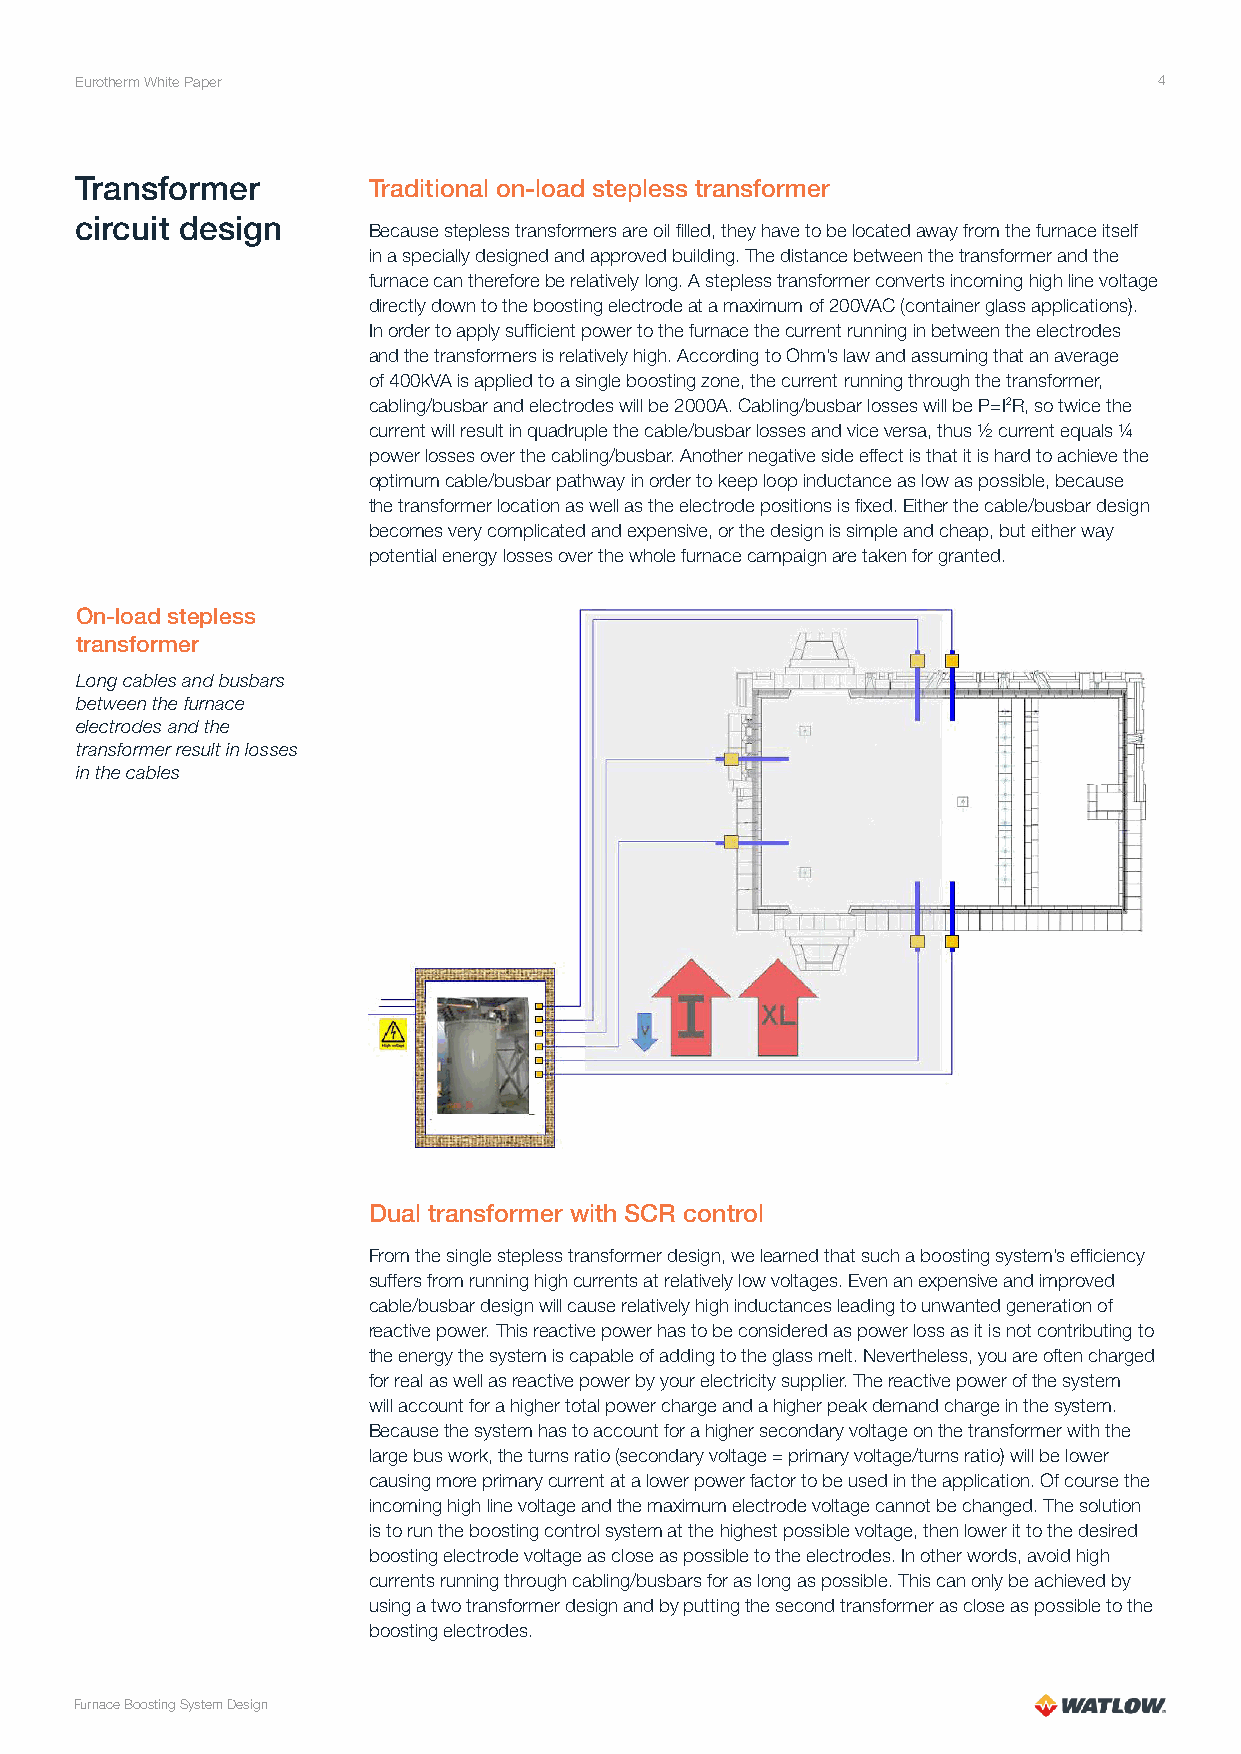
Eurotherm White Paper                                                   4
 Transformer        Traditional on-load stepless transformer
 circuit design
 Because stepless transformers are oil filled, they have to be located away from the furnace itself
 in a specially designed and approved building. The distance between the transformer and the
 furnace can therefore be relatively long. A stepless transformer converts incoming high line voltage
 directly down to the boosting electrode at a maximum of 200VAC (container glass applications).
 In order to apply sufficient power to the furnace the current running in between the electrodes
 and the transformers is relatively high. According to Ohm’s law and assuming that an average
 of 400kVA is applied to a single boosting zone, the current running through the transformer,
 cabling/busbar and electrodes will be 2000A. Cabling/busbar losses will be P=I2R, so twice the
 current will result in quadruple the cable/busbar losses and vice versa, thus ½ current equals ¼
 power losses over the cabling/busbar. Another negative side effect is that it is hard to achieve the
 optimum cable/busbar pathway in order to keep loop inductance as low as possible, because
 the transformer location as well as the electrode positions is fixed. Either the cable/busbar design
 becomes very complicated and expensive, or the design is simple and cheap, but either way
 potential energy losses over the whole furnace campaign are taken for granted.
 On-load stepless
 transformer
 Long cables and busbars
 between the furnace
 electrodes and the
 transformer result in losses
 in the cables
 Dual transformer with SCR control
 From the single stepless transformer design, we learned that such a boosting system’s efficiency
 suffers from running high currents at relatively low voltages. Even an expensive and improved
 cable/busbar design will cause relatively high inductances leading to unwanted generation of
 reactive power. This reactive power has to be considered as power loss as it is not contributing to
 the energy the system is capable of adding to the glass melt. Nevertheless, you are often charged
 for real as well as reactive power by your electricity supplier. The reactive power of the system
 will account for a higher total power charge and a higher peak demand charge in the system.
 Because the system has to account for a higher secondary voltage on the transformer with the
 large bus work, the turns ratio (secondary voltage = primary voltage/turns ratio) will be lower
 causing more primary current at a lower power factor to be used in the application. Of course the
 incoming high line voltage and the maximum electrode voltage cannot be changed. The solution
 is to run the boosting control system at the highest possible voltage, then lower it to the desired
 boosting electrode voltage as close as possible to the electrodes. In other words, avoid high
 currents running through cabling/busbars for as long as possible. This can only be achieved by
 using a two transformer design and by putting the second transformer as close as possible to the
 boosting electrodes.
 Furnace Boosting System Design